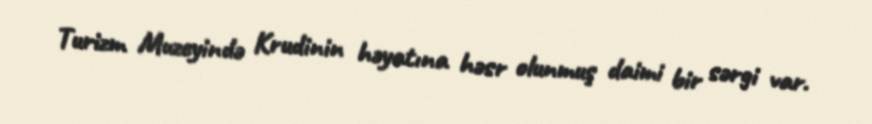
Turizm Muzeyində Krudinin həyatına həsr olunmuş daimi bir sərgi var.